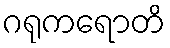
ဂရုကရောတိ